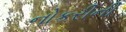
નોકરીની